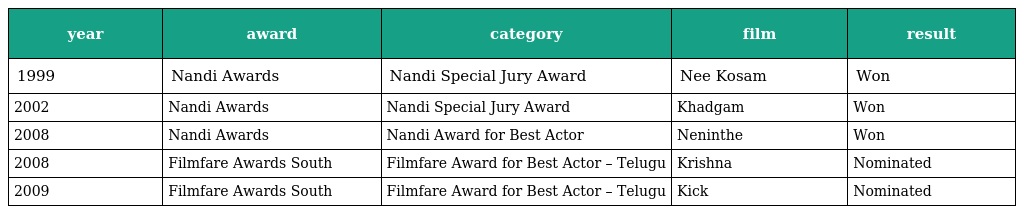
| year | award | category | film | result |
 | --- | --- | --- | --- | --- |
 | 1999 | Nandi Awards | Nandi Special Jury Award | Nee Kosam | Won |
 | 2002 | Nandi Awards | Nandi Special Jury Award | Khadgam | Won |
 | 2008 | Nandi Awards | Nandi Award for Best Actor | Neninthe | Won |
 | 2008 | Filmfare Awards South | Filmfare Award for Best Actor – Telugu | Krishna | Nominated |
 | 2009 | Filmfare Awards South | Filmfare Award for Best Actor – Telugu | Kick | Nominated |